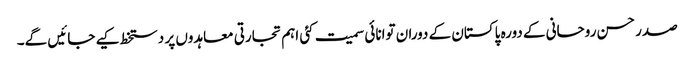
صدر حسن روحانی کے دورہ پاکستان کے دوران توانائی سمیت کئی اہم تجارتی معاہدوں پر دستخط کیے جائیں گے۔